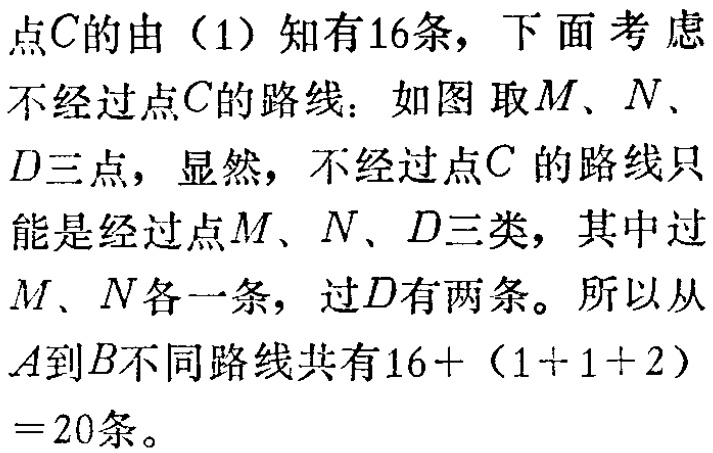
点\(C\)的由（1）知有\(16\)条，下面考虑不经过点\(C\)的路线：如图 取\(M\)、\(N\)、\(D\)三点，显然，不经过点\(C\)的路线只能是经过点\(M\)、\(N\)、\(D\)三类，其中过\(M\)、\(N\)各一条，过\(D\)有两条。所以从\(A\)到\(B\)不同路线共有\(16+(1 + 1+2)=20\)条。